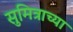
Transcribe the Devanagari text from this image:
सुमित्राच्या